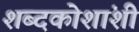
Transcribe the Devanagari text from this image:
शब्दकोशांशी